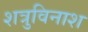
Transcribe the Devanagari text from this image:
शत्रुविनाश